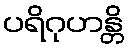
ပရိဂုဟန္တိ